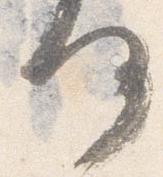
何